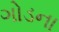
ગોડના